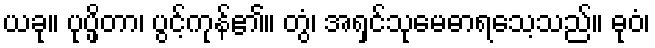
ယခု။ ပုပ္ဖိတာ၊ ပွင့်ကုန်၏။ တွံ၊ အရှင်သုမေဓာရသေ့သည်။ ဓုဝံ၊